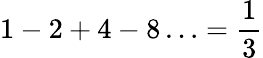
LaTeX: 1-2+4-8\ldots={\frac{1}{3}}